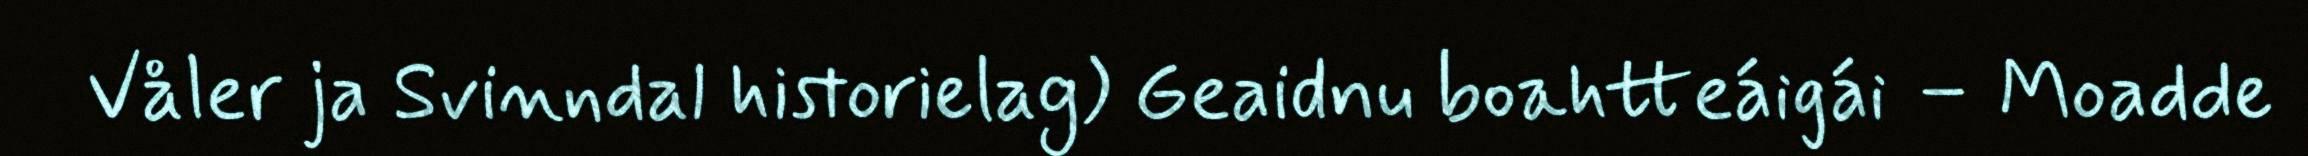
Våler ja Svinndal historielag) Geaidnu boahtteáigái – Moadde